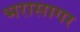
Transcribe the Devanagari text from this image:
भरासागर